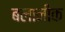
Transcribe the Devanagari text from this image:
बलानीक